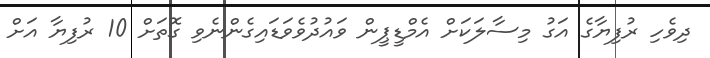
ދިވެހި ރުފިޔާގެ އަގު މިސާލަކަށް އެމްޑީޕީން ވައުދުވެވަޑައިގެންނެވި ގޮތަށް 10 ރުފިޔާ އަށް